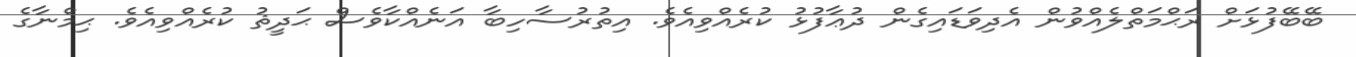
ބޭބޭފުޅަށް ރަޙްމަތްލެއްވުން އެދިވަޑައިގެން ދުޢާފުޅު ކުރެއްވިއެވެ. އިތުރުސާހިބާ އަނެއްކާވެސް ޙަދީޘު ކުރެއްވިއެވެ. ޙިމްނާގެ